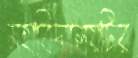
মহাবিদ্যালয়টির